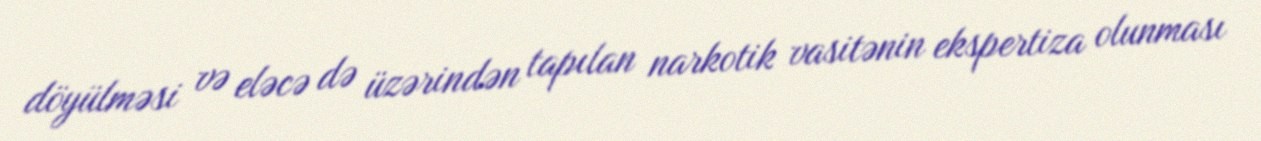
döyülməsi və eləcə də üzərindən tapılan narkotik vasitənin ekspertiza olunması